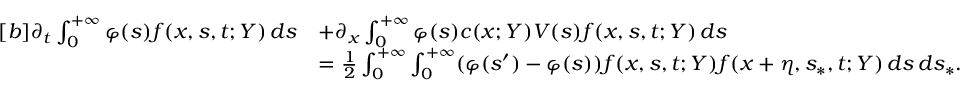
\begin{array} { r } { \begin{array} { r l } { [ b ] \partial _ { t } \int _ { 0 } ^ { + \infty } \varphi ( s ) f ( x , s , t ; Y ) \, d s } & { + \partial _ { x } \int _ { 0 } ^ { + \infty } \varphi ( s ) c ( x ; Y ) V ( s ) f ( x , s , t ; Y ) \, d s } \\ & { = \frac { 1 } { 2 } \int _ { 0 } ^ { + \infty } \int _ { 0 } ^ { + \infty } ( \varphi ( s ^ { \prime } ) - \varphi ( s ) ) f ( x , s , t ; Y ) f ( x + \eta , s _ { \ast } , t ; Y ) \, d s \, d s _ { \ast } . } \end{array} } \end{array}